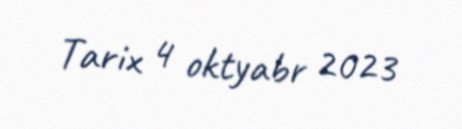
Tarix 4 oktyabr 2023